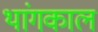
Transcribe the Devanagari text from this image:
थांगकाल